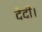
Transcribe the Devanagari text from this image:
देदी।